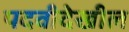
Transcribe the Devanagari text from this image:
पदवीदेखील